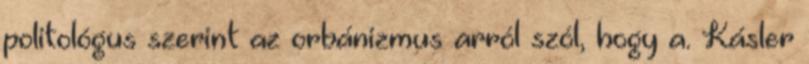
politológus szerint az orbánizmus arról szól, hogy a. Kásler